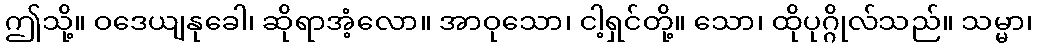
ဤသို့။ ဝဒေယျနုခေါ၊ ဆိုရာအံ့လော။ အာဝုသော၊ ငါ့ရှင်တို့။ သော၊ ထိုပုဂ္ဂိုလ်သည်။ သမ္မာ၊